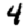
Digit: 4